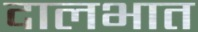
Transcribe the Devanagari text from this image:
दालभात